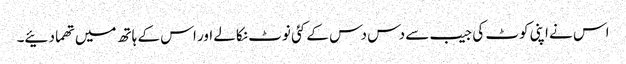
اس نے اپنی کوٹ کی جیب سے دس دس کے کئی نوٹ نکالے اور اس کے ہاتھ میں تھما دئیے۔